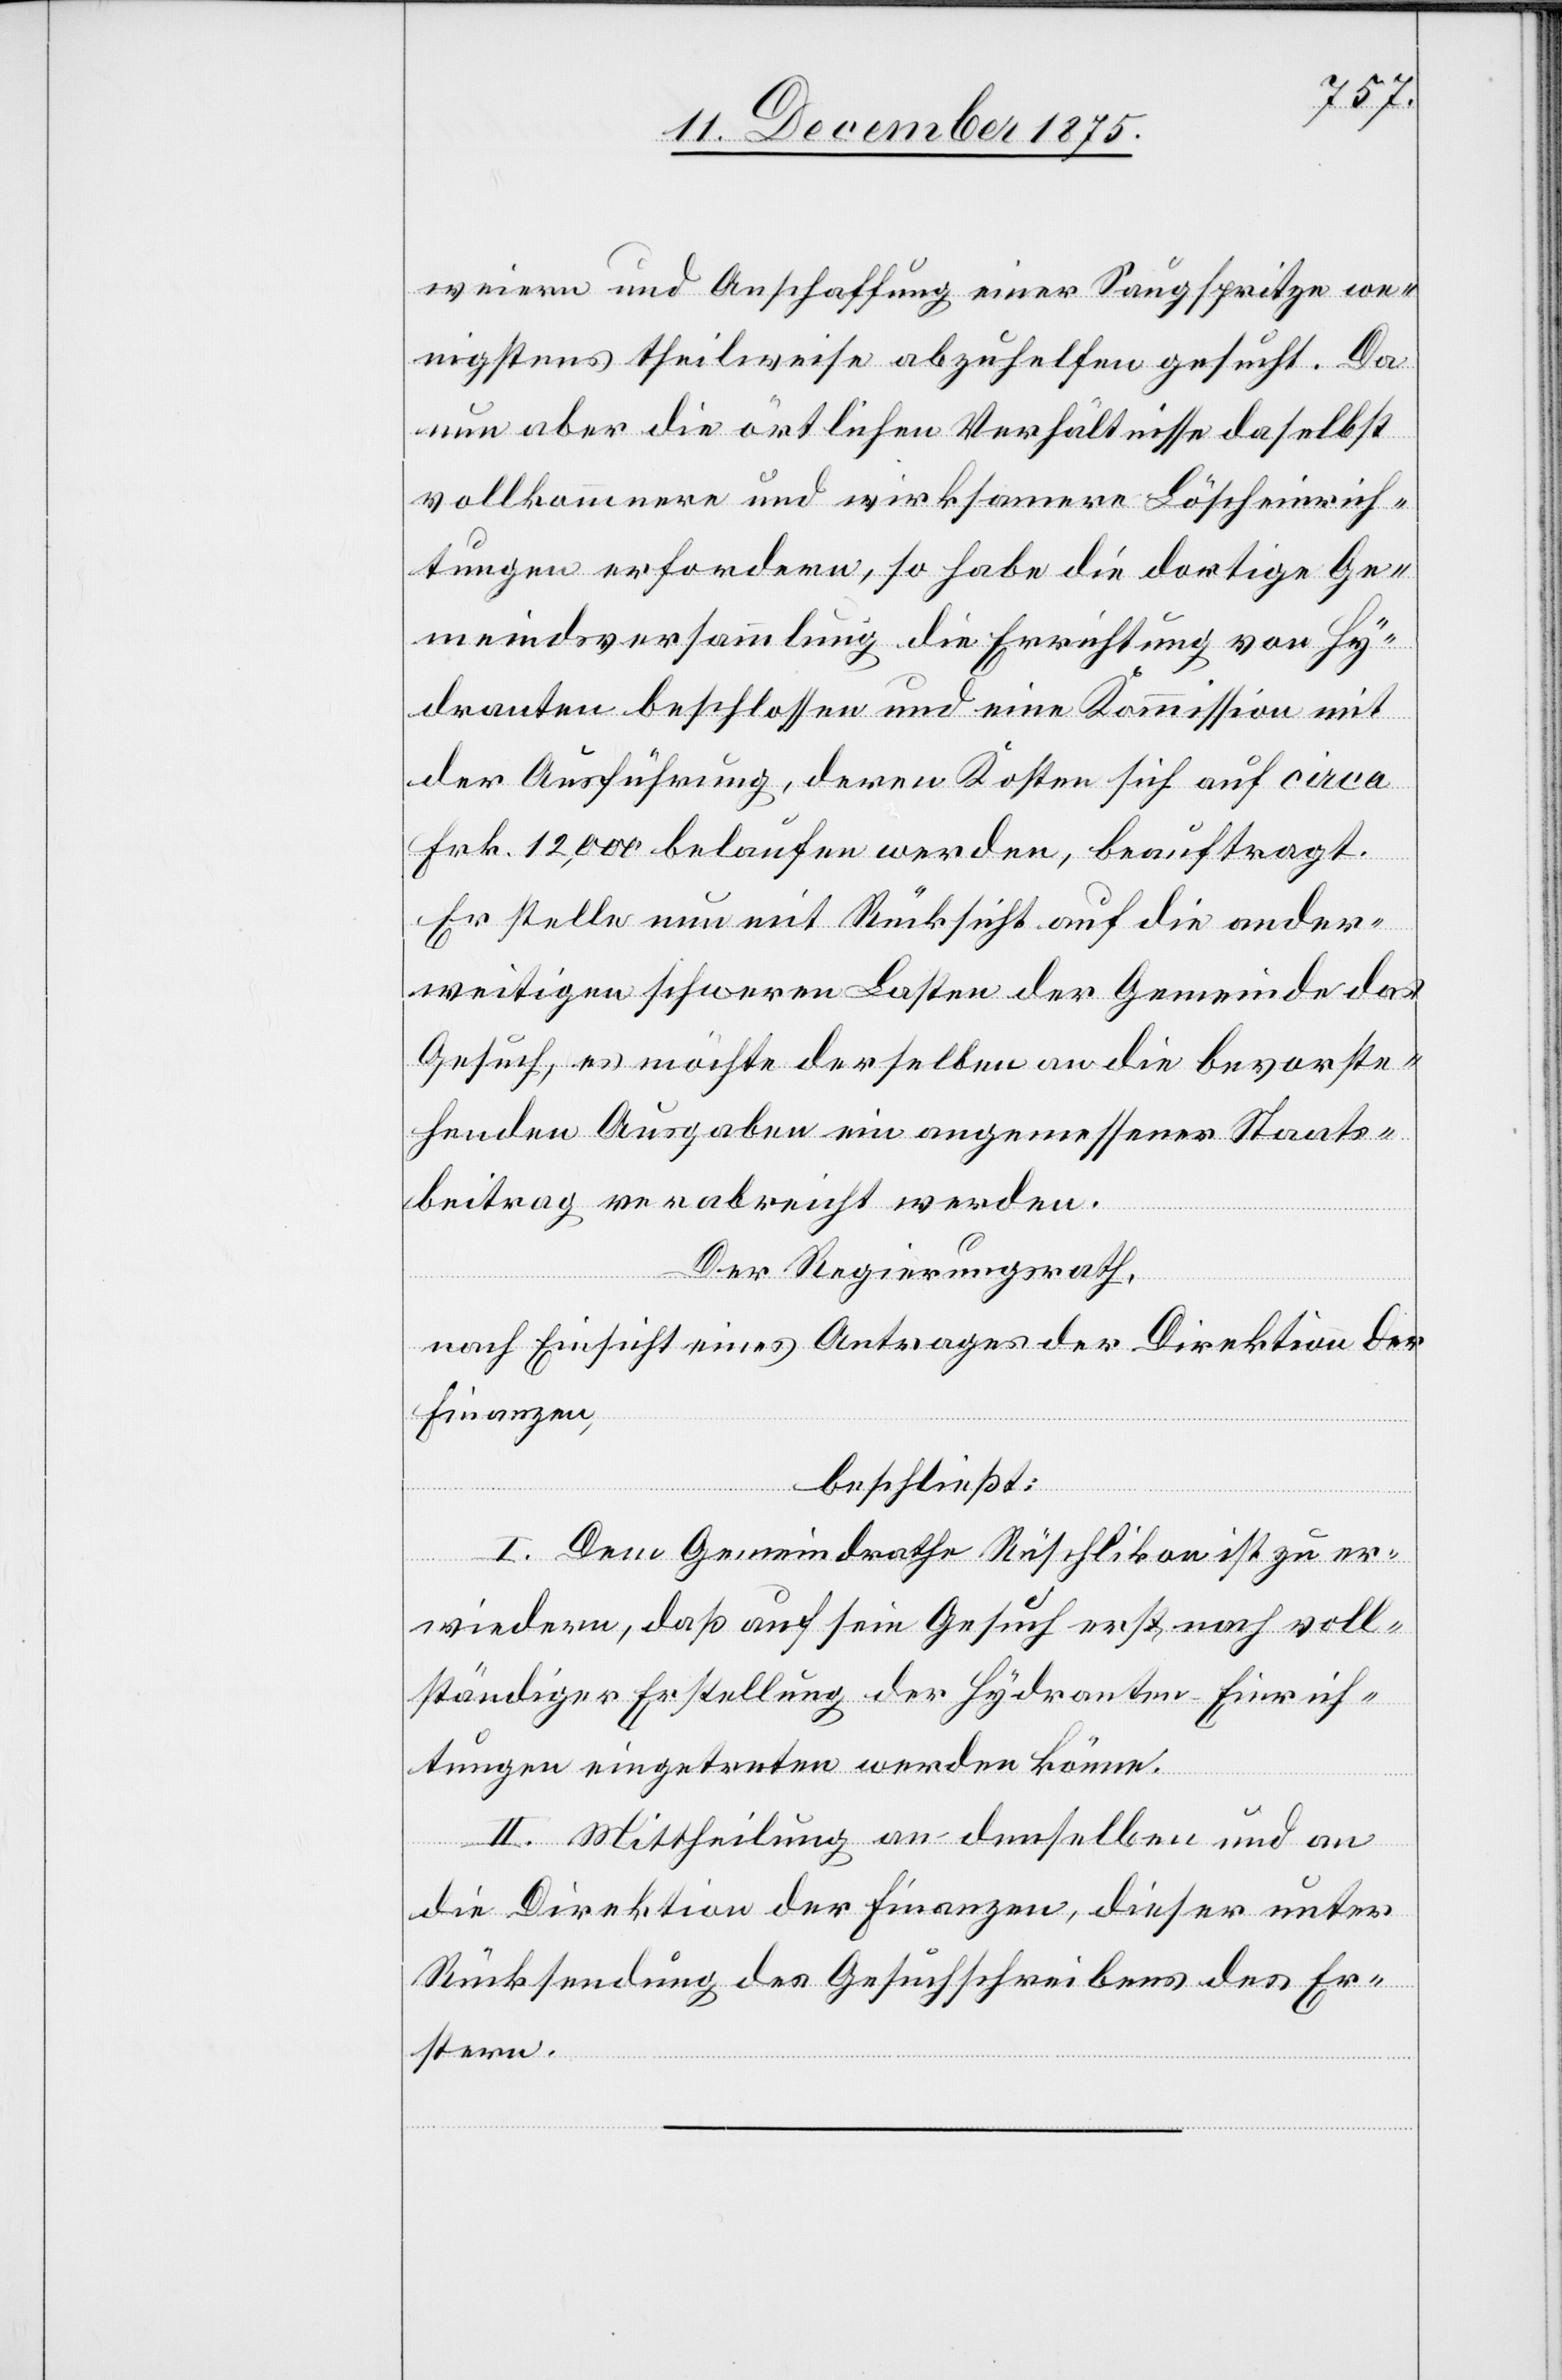
weiern und Anschaffung einer Saugspritze we¬
nigstens theilweise abzuhelfen gesucht. Da
nun aber die örtlichen Verhältnisse daselbst
vollkommenere und wirksamere Löscheinrich¬
tungen erfordern, so habe die dortige Ge¬
meindsversammlung die Errichtung von Hy¬
dranten beschlossen und eine Kommission mit
der Ausführung, deren Kosten sich auf circa
Frk. 12,000 belaufen werden, beauftragt.
Er stelle nun mit Rücksicht auf die ander¬
weitigen schweren Lasten der Gemeinde das
Gesuch, es möchte derselben an die bevorste¬
henden Ausgaben ein angemessener Staats¬
beitrag verabreicht werden.
Der Regierungsrath,
nach Einsicht eines Antrages der Direktion der
Finanzen,
beschließt:
I. Dem Gemeindrathe Rüschlikon ist zu er¬
wiedern, daß auf sein Gesuch erst nach voll¬
ständiger Erstellung der Hydranten Einrich¬
tungen eingetreten werden könne.
II. Mittheilung an denselben und an
die Direktion der Finanzen, dieser unter
Rücksendung des Gesuchschreibens des Er¬
stern.